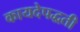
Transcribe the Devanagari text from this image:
कायदेपद्धती